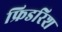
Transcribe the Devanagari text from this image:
फ्रिडरिश